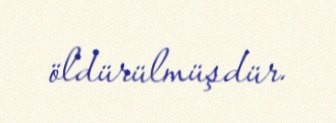
öldürülmüşdür.